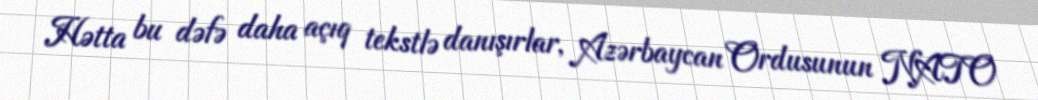
Hətta bu dəfə daha açıq tekstlə danışırlar, Azərbaycan Ordusunun NATO